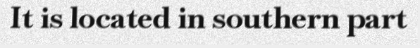
It is located in southern part